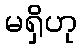
မရှိဟု